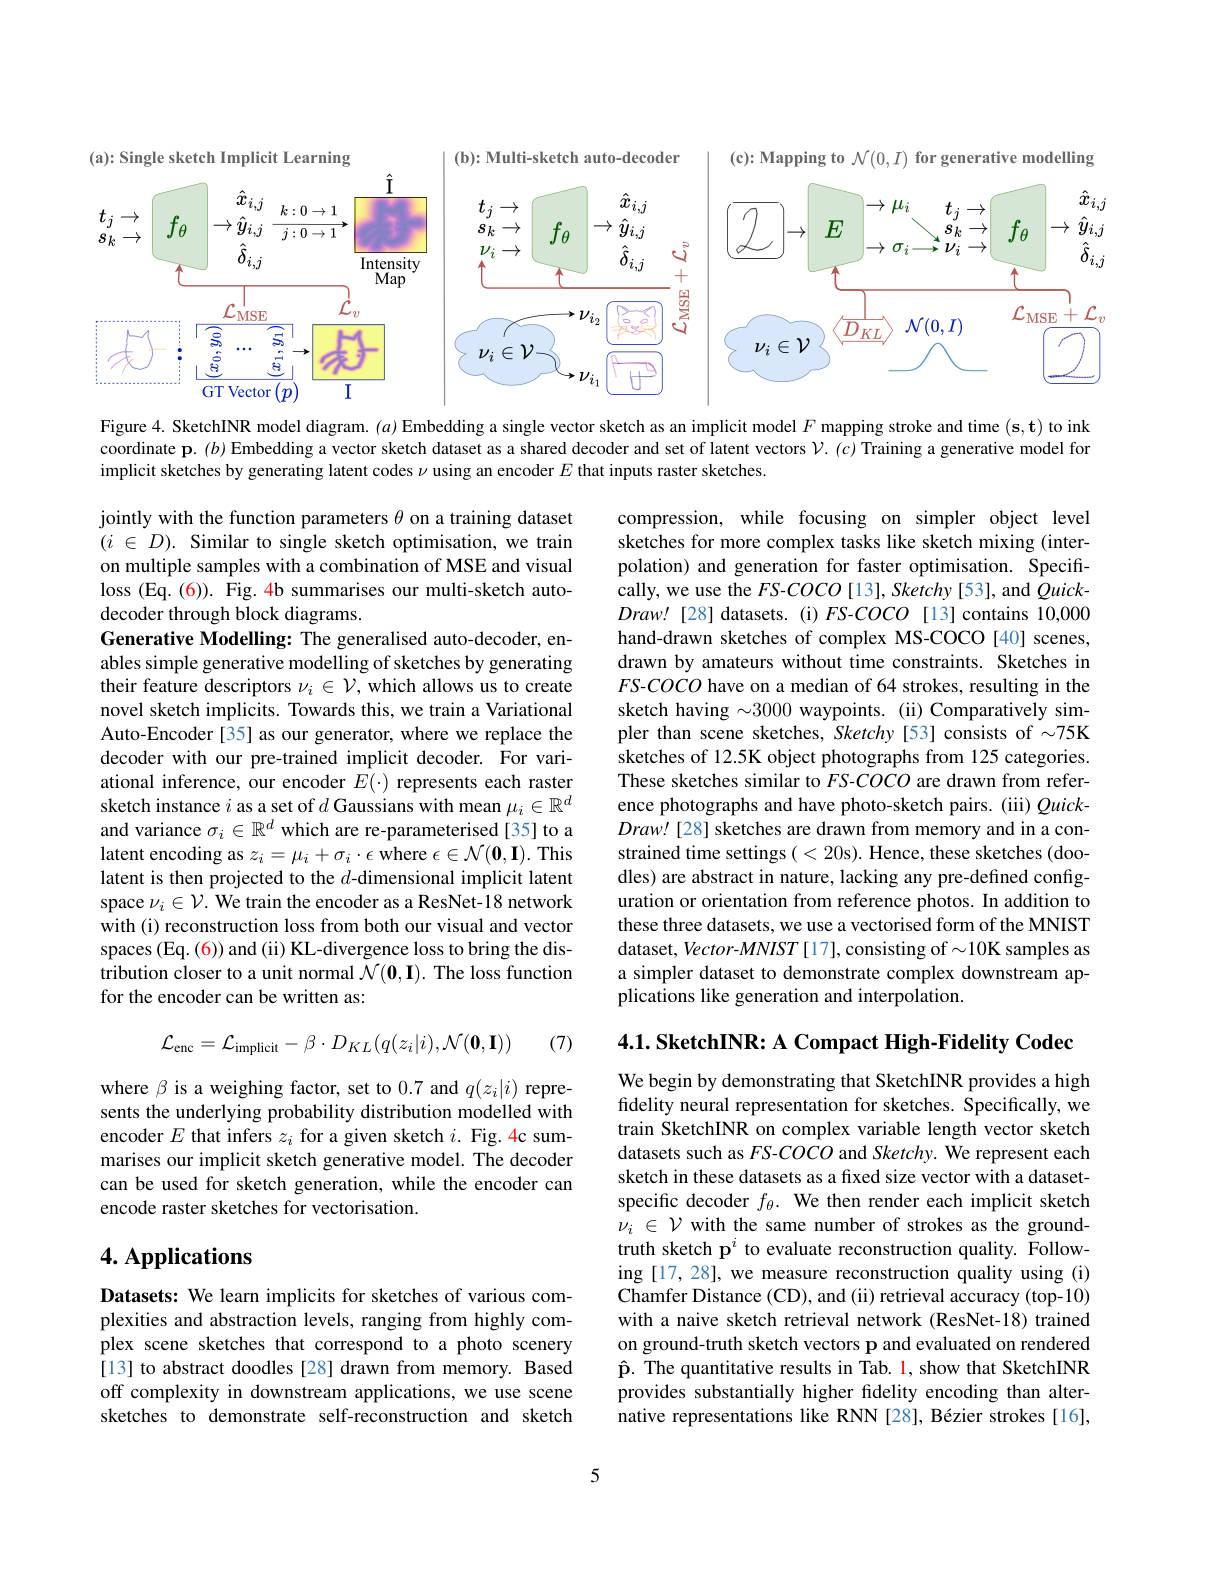
<FigureHere>

Figure 4. SketchINR model diagram. $(\alpha)$ Embedding a single vector sketch as an implicit model $F$ mapping stroke and time $(\mathbf{s},\mathbf{t})$ to ink coordinate $\mathbf{p}.(b)$ Embedding a vector sketch dataset as a shared decoder and set of latent vectors $\mathcal{V}.(c)$ Training a generative model for implicit sketches by generating latent codes $\nu$ using an encoder $E$ that inputs raster sketches.

jointly with the function parameters $\theta$ on a training dataset $( i$ $\in$ $D) .$ Similar to single sketch optimisation, we train on multiple samples with a combination of MSE and visual loss (Eq.(6)). Fig. 4b summarises our multi-sketch autodecoder through block diagrams.
Generative Modelling: The generalised auto-decoder, enables simple generative modelling of sketches by generating their feature descriptors $\nu_i\in\mathcal{V}$, which allows us to create novel sketch implicits. Towards this, we train a Variational Auto-Encoder[35] as our generator, where we replace the decoder with our pre-trained implicit decoder. For variational inference, our encoder $E(\cdot)$ represents each raster sketch instance $i$ as a set of $d$ Gaussians with mean $\mu_i\in\mathbb{R}^d$ and variance $\sigma_i\in\mathbb{R}^d$ which are re-parameterised[35] to a latent encoding as $z_i=\mu_i+\sigma_i\cdot\epsilon$ where $\epsilon\in\mathcal{N}(\mathbf{0},\mathbf{I}).$ This latent is then projected to the $d$-dimensional implicit latent space $\nu_i\in\mathcal{V}.$ We train the encoder as a ResNet-18 network with (i) reconstruction loss from both our visual and vector spaces (Eq. (6)) and (ii) KL-divergence loss to bring the distribution closer to a unit normal $\mathcal{N}(0,\mathbf{I}).$ The loss function for the encoder can be written as:

compression, while focusing on simpler object level sketches for more complex tasks like sketch mixing (interpolation) and generation for faster optimisation. Specifically, we use the $FS-COCO$ [13], Sketchy [53], and $Quick-$ $Draw!$ [28] datasets. (i) FS-COCO[13] contains 10,000 hand-drawn sketches of complex MS-COCO[40] scenes, drawn by amateurs without time constraints. Sketches in $FS-COCO$ have on a median of 64 strokes, resulting in the sketch having $\sim3000$ waypoints. (ii) Comparatively simpler than scene sketches, Sketchy [53] consists of $\sim75$K sketches of 12.5K object photographs from 125 categories. These sketches similar to $FS-COCO$ are drawn from reference photographs and have photo-sketch pairs. (iii) Quick- $Draw![28]$ sketches are drawn from memory and in a constrained time settings ( < 20s). Hence, these sketches (doodles) are abstract in nature, lacking any pre-defined configuration or orientation from reference photos. In addition to these three datasets, we use a vectorised form of the MNIST dataset, Vector-MNIST [17], consisting of $\sim10$K samples as a simpler dataset to demonstrate complex downstream applications like generation and interpolation.

$4. 1. \textbf{ SketchINR: A Compact High- Fidelity Codec}$
$$\mathcal{L}_{\mathrm{enc}}=\mathcal{L}_{\mathrm{implicit}}-\beta\cdot D_{KL}(q(z_{i}|i),\mathcal{N}(\mathbf{0},\mathbf{I}))$$
(7)

where $\beta$ is a weighing factor, set to 0.7 and $q(z_i|i)$ represents the underlying probability distribution modelled with encoder $E$ that infers $z_i$ for a given sketch $i.$ Fig.4c summarises our implicit sketch generative model. The decoder can be used for sketch generation, while the encoder can encode raster sketches for vectorisation.

We begin by demonstrating that SketchINR provides a high fidelity neural representation for sketches. Specifically, we train SketchINR on complex variable length vector sketch datasets such as FS-COCO and Sketchy. We represent each sketch in these datasets as a fixed size vector with a datasetspecific decoder $f_\theta.$ We then render each implicit sketch $\nu_i\in\mathcal{V}$ with the same number of strokes as the groundtruth sketch p$^i$ to evaluate reconstruction quality. Following [17,28], we measure reconstruction quality using (i) Chamfer Distance (CD), and (ii) retrieval accuracy (top-10) with a naive sketch retrieval network (ResNet-18) trained on ground-truth sketch vectors p and evaluated on rendered $\hat{\mathbf{p}}.$ The quantitative results in Tab. 1, show that SketchINR provides substantially higher fdelity encoding than alternative representations like RNN [28], Bézier strokes [16],

## 4. Applications

Datasets: We learn implicits for sketches of various complexities and abstraction levels, ranging from highly complex scene sketches that correspond to a photo scenery [13] to abstract doodles [28] drawn from memory. Based off complexity in downstream applications, we use scene sketches to demonstrate self-reconstruction and sketch

5